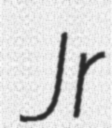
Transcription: Jr